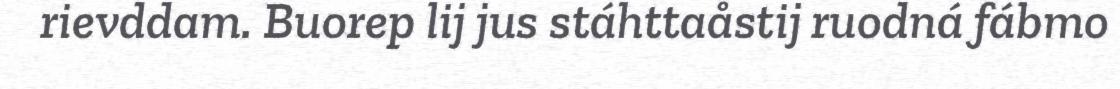
rievddam. Buorep lij jus stáhttaåstij ruodná fábmo